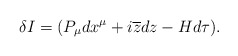
\begin{align*}\delta I=(P_{\mu }dx^{\mu }+i\overline{z}dz-Hd\tau ). \end{align*}